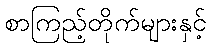
စာကြည့်တိုက်များနှင့်